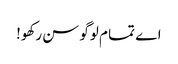
اے تما م لوگو سن رکھو!